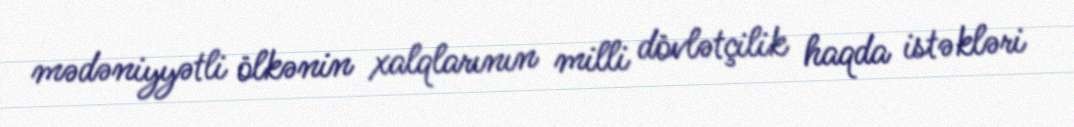
mədəniyyətli ölkənin xalqlarının milli dövlətçilik haqda istəkləri